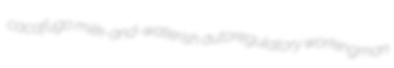
cacafugo milk-and-waterish autoregulatory workingman